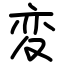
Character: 変